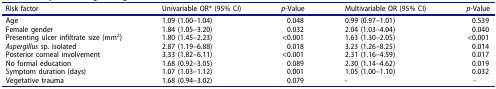
<table><thead><tr><td><b>Risk factor</b></td><td><b>Univariable OR* (95% CI)</b></td><td><b><i>p</i>-Value</b></td><td><b>Multivariable OR (95% CI)</b></td><td><b><i>p</i>-Value</b></td></tr></thead><tbody><tr><td>Age</td><td>1.09 (1.00–1.04)</td><td>0.048</td><td>0.99 (0.97–1.01)</td><td>0.539</td></tr><tr><td>Female gender</td><td>1.84 (1.05–3.20)</td><td>0.032</td><td>2.04 (1.03–4.04)</td><td>0.040</td></tr><tr><td>Presenting ulcer infiltrate size (mm<sup>2</sup>)</td><td>1.80 (1.45–2.23)</td><td>&lt;0.001</td><td>1.63 (1.30–2.05)</td><td>&lt;0.001</td></tr><tr><td><i>Aspergillus</i> sp. isolated</td><td>2.87 (1.19–6.88)</td><td>0.018</td><td>3.23 (1.26–8.25)</td><td>0.014</td></tr><tr><td>Posterior corneal involvement</td><td>3.33 (1.82–6.11)</td><td>&lt;0.001</td><td>2.31 (1.16–4.59)</td><td>0.017</td></tr><tr><td>No formal education</td><td>1.68 (0.92–3.05)</td><td>0.089</td><td>2.30 (1.14–4.62)</td><td>0.019</td></tr><tr><td>Symptom duration (days)</td><td>1.07 (1.03–1.12)</td><td>0.001</td><td>1.05 (1.00–1.10)</td><td>0.032</td></tr><tr><td>Vegetative trauma</td><td>1.68 (0.94–3.02)</td><td>0.079</td><td>-</td><td>-</td></tr></tbody></table>